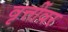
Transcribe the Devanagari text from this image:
वृत्तींवर